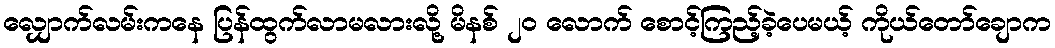
လျှောက်လမ်းကနေ ပြန်ထွက်လာမလားလို့ မိနစ် ၂၀ လောက် စောင့်ကြည့်ခဲ့ပေမယ့် ကိုယ်တော်ချောက